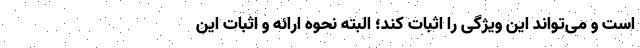
است و می‌تواند این ویژگی را اثبات کند؛ البته نحوه ارائه و اثبات این